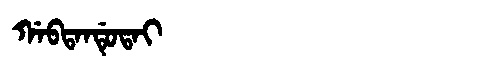
Manchu: ᡤᠠᠪᡨᠠᠨᡩᡠᡨᠠᡳ
Romanization: GABTANDUTAI